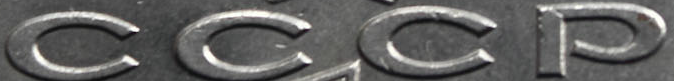
CCCP